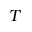
T